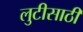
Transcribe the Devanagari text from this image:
लुटीसाठी